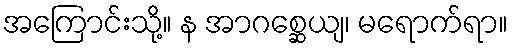
အကြောင်းသို့။ န အာဂစ္ဆေယျ၊ မရောက်ရာ။